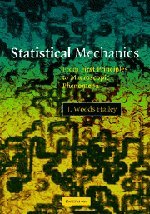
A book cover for Statistical Mechanics: From First Principles to Macroscopic Phenomena; J. Woods Halley; Science & Math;